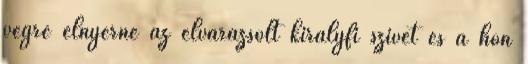
végre elnyerné az elvarázsolt királyfi szívét és a hőn